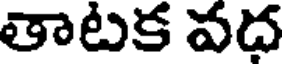
తాటక వధ